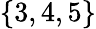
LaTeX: \{ 3,4,5\}